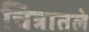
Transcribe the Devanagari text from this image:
चित्रातले